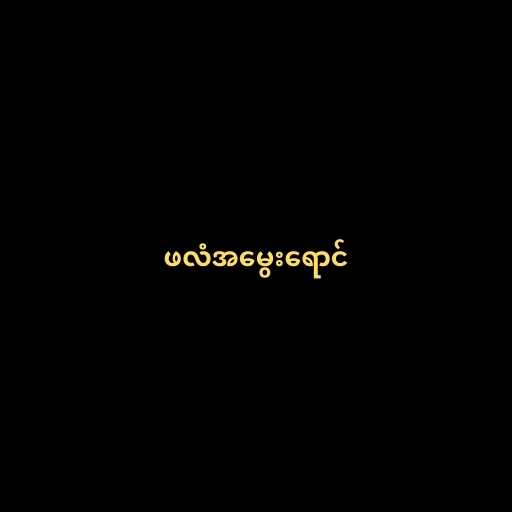
ဖလံအမွေးရောင်